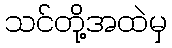
သင်တို့အထဲမှ